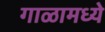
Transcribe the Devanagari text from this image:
गाळामध्ये